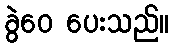
ခွဲဝေ ပေးသည်။